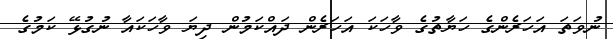
ނުވަތަ އަހަރެންގެ ހަޔާތުގެ ވާހަކަ އަހަރެން ދައްކަމުން ދިޔަ ވާހަކައާ ނުގުޅޭ ކަމުގެ